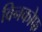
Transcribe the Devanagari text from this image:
विनकोफ